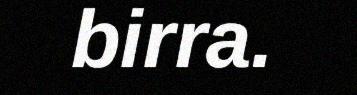
birra.